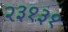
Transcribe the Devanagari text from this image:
२३१३१